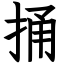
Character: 捅